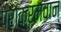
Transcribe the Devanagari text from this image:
पराक्रमवान्